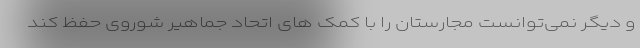
و دیگر نمی‌توانست مجارستان را با کمک های اتحاد جماهیر شوروی حفظ کند